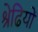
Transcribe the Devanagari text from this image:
श्रेढियों